Insane asylums in Bengal annual reports 1867-1875 - 1867-1875
Year: 1867
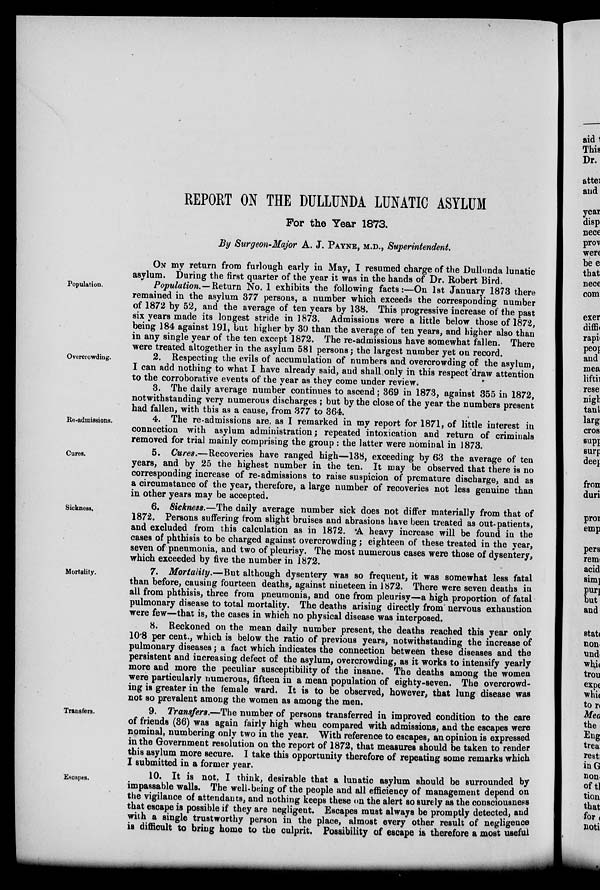
REPORT ON THE DULLUNDA LUNATIC ASYLUM
For the Year 1873.
By Surgeon-Major A. J. PAYNE, M.D., Superintendent.
ON my return from furlough early in May, I resumed charge of the Dullunda lunatic
asylum. During the first quarter of the year it was in the hands of Dr. Robert Bird.
Population.
Population.—Return No. 1 exhibits the following facts:—On 1st January 1873 there
remained in the asylum 377 persons, a number which exceeds the corresponding number
of 1872 by 52, and the average of ten years by 138. This progressive increase of the past
six years made its longest stride in 1873. Admissions were a little below those of 1872,
being 184 against 191, but higher by 30 than the average of ten years, and higher also than
in any single year of the ten except 1872. The re-admissions have somewhat fallen. There
were treated altogether in the asylum 581 persons; the largest number yet on record.
Overcrowding.
2. Respecting the evils of accumulation of numbers and overcrowding of the asylum,
I can add nothing to what I have already said, and shall only in this respect draw attention
to the corroborative events of the year as they come under review.
3. The daily average number continues to ascend; 369 in 1873, against 355 in 1872,
notwithstanding very numerous discharges ; but by the close of the year the numbers present
had fallen, with this as a cause, from 377 to 364.
Re-admissions.
4. The re-admissions are, as I remarked in my report for 1871, of little interest in
connection with asylum administration; repeated intoxication and return of criminals
removed for trial mainly comprising the group : the latter were nominal in 1873.
Cures.
5. Cures.—Recoveries have ranged high—138, exceeding by 63 the average of ten
years, and by 25 the highest number in the ten. It may be observed that there is no
corresponding increase of re-admissions to raise suspicion of premature discharge, and as
a circumstance of the year, therefore, a large number of recoveries not less genuine than
in other years may be accepted.
Sickness.
6. Sickness.—The daily average number sick does not differ materially from that of
1872.
Persons suffering from slight bruises and abrasions have been treated as out-patients,
and excluded from this calculation as in 1872. A heavy increase will be found in the
cases of phthisis to be charged against overcrowding; eighteen of these treated in the year,
seven of pneumonia, and two of pleurisy. The most numerous cases were those of dysentery,
which exceeded by five the number in 1872.
Mortality.
7. Mortality.—But although dysentery was so frequent, it was somewhat less fatal
than before, causing fourteen deaths, against nineteen in 1872. There were seven deaths in
all from phthisis, three from pneumonia, and one from pleurisy—a high proportion of fatal
pulmonary disease to total mortality. The deaths arising directly from nervous exhaustion
were few—that is, the cases in which no physical disease was interposed.
8. Reckoned on the mean daily number present, the deaths reached this year only
10.8 per cent., which is below the ratio of previous years, notwithstanding the increase of
pulmonary diseases; a fact which indicates the connection between these diseases and the
persistent and increasing defect of the asylum, overcrowding, as it works to intensify yearly
more and more the peculiar susceptibility of the insane. The deaths among the women
were particularly numerous, fifteen in a mean population of eighty-seven. The overcrowd-
ing is greater in the female ward. It is to be observed, however, that lung disease was
not so prevalent among the women as among the men.
Transfers.
9. Transfers.—The number of persons transferred in improved condition to the care
of friends (36) was again fairly high when compared with admissions, and the escapes were
nominal, numbering only two in the year. With reference to escapes, an opinion is expressed
in the Government resolution on the report of 1872, that measures should be taken to render
this asylum more secure. I take this opportunity therefore of repeating some remarks which
I submitted in a former year.
Escapes.
10. It is not, I think, desirable that a lunatic asylum should be surrounded by
impassable walls. The well-being of the people and all efficiency of management depend on
the vigilance of attendants, and nothing keeps these on the alert so surely as the consciousness
that escape is possible if they are negligent. Escapes must always be promptly detected, and
with a single trustworthy person in the place, almost every other result of negligence
is difficult to bring home to the culprit. Possibility of escape is therefore a most useful